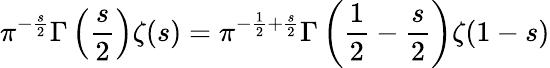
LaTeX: \pi^{-{\frac{s}{2}}}\Gamma\left({\frac{s}{2}}\right)\zeta(s)=\pi^{-{\frac{1}{2}}+{\frac{s}{2}}}\Gamma\left({\frac{1}{2}}-{\frac{s}{2}}\right)\zeta(1-s)